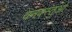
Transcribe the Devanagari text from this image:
वनवस्तुओं